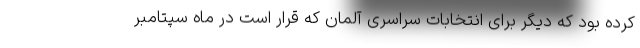
کرده بود که دیگر برای انتخابات سراسری آلمان که قرار است در ماه سپتامبر